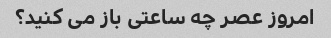
امروز عصر چه ساعتی باز می کنید؟